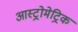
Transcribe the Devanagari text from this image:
आस्ट्रोमेट्रिक